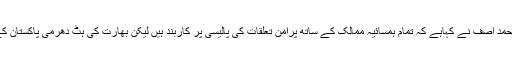
11 ستمبر2017ء) وزیرخارجہ خواجہ محمد آصف نے کہاہے کہ تمام ہمسائیہ ممالک کے ساتھ پرامن تعلقات کی پالیسی پر کاربند ہیں لیکن بھارت کی ہٹ دھرمی پاکستان کے ساتھ معنی خیز روابط میں رکاوٹ ہے۔